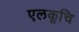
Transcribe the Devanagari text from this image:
एलकूचि